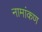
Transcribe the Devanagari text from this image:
नामांकण